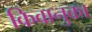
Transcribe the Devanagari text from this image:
किवानुका